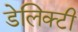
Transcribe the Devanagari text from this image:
डेलिक्टी